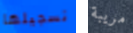
تسجيلها مريبة